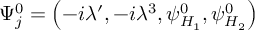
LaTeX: \Psi _ { j } ^ { 0 } = \left( - i \lambda ^ { \prime } , - i \lambda ^ { 3 } , \psi _ { H _ { 1 } } ^ { 0 } , \psi _ { H _ { 2 } } ^ { 0 } \right)